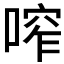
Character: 鿽